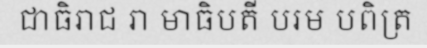
ជាធិរាជ រា មាធិបតី បរម បពិត្រ